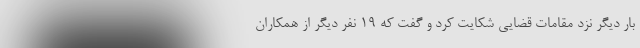
بار دیگر نزد مقامات قضایی شکایت کرد و گفت که ۱۹ نفر دیگر از همکاران